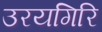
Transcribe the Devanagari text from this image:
उरयगिरि